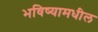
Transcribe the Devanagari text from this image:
भविष्यामधील